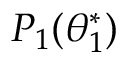
P _ { 1 } ( \theta _ { 1 } ^ { * } )